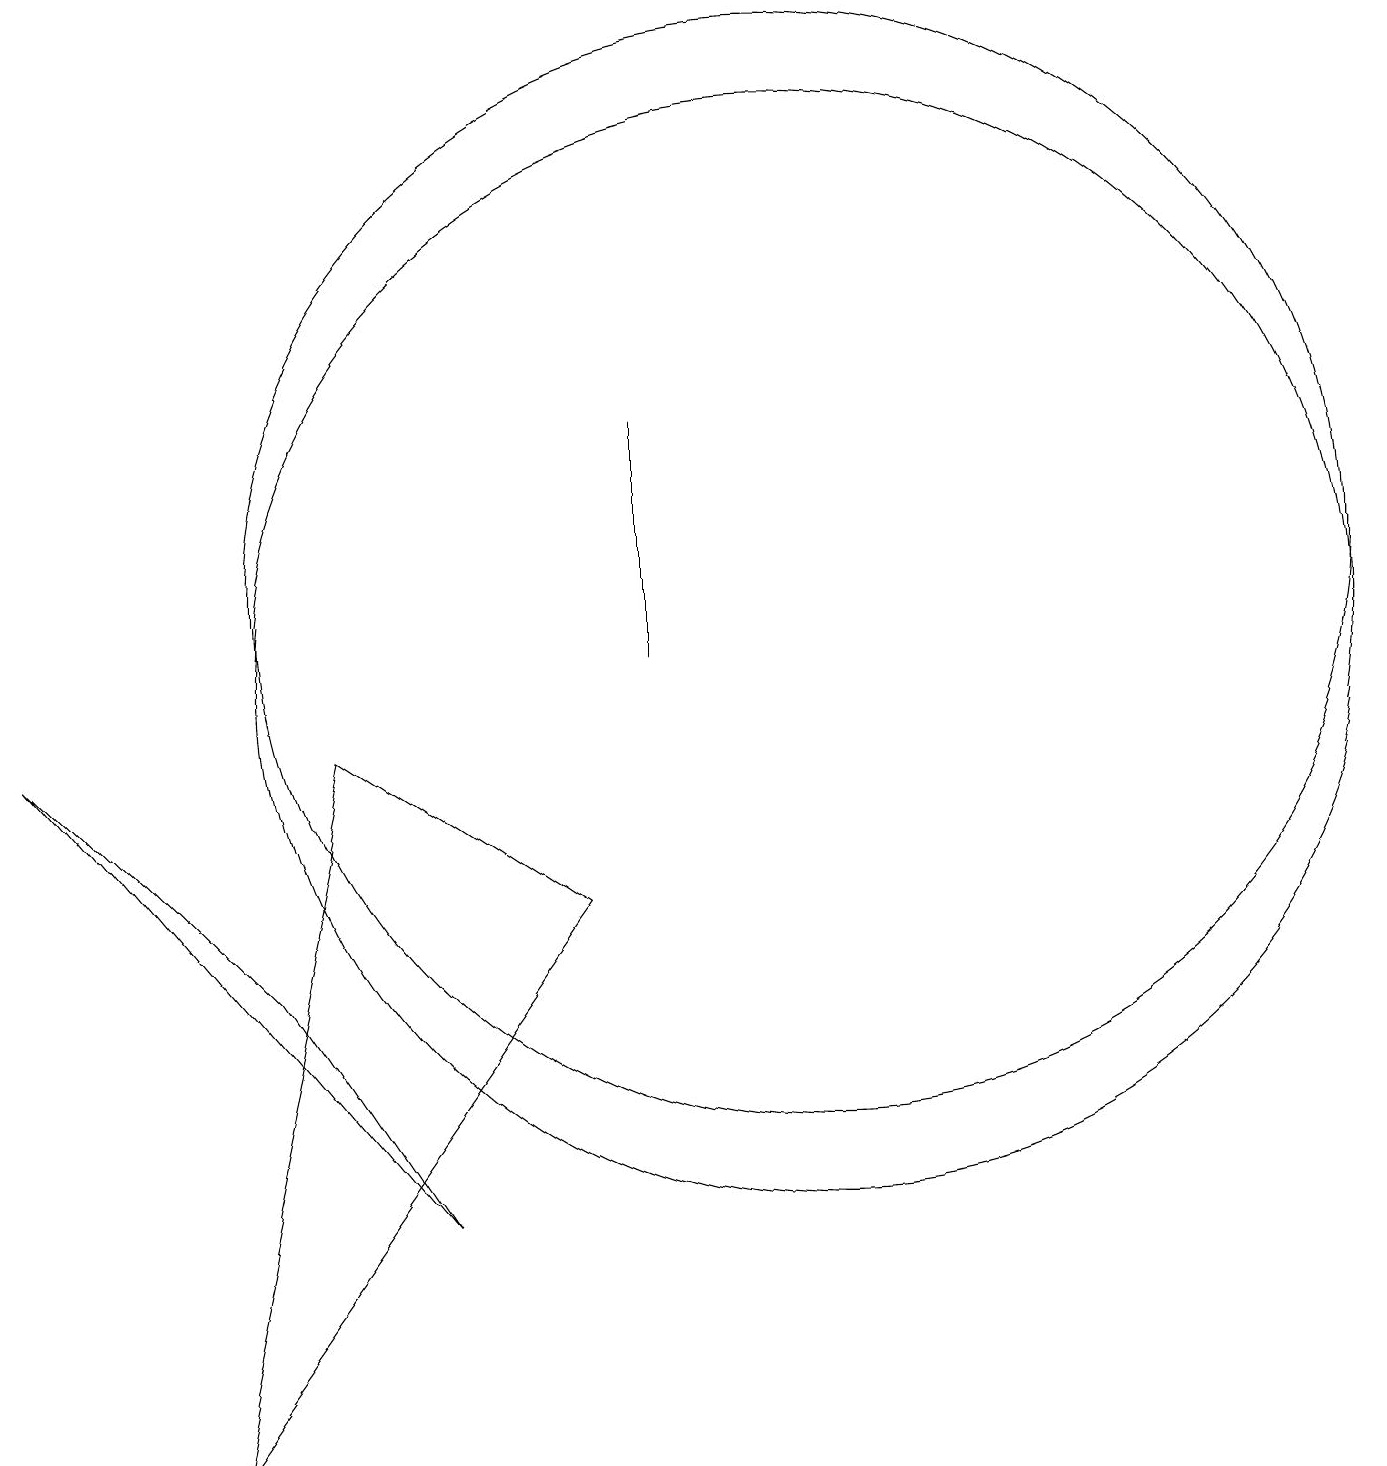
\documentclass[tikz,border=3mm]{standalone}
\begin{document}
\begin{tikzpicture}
\draw (10,10) circle (7);
\draw (10,11) circle (7);
\draw (4,9) -- (7,7) -- (2,0) -- cycle;
\draw (0,9) -- (5,3) -- (3,6) -- cycle;
\draw (8,13) rectangle (8,10);
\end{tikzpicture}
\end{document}